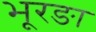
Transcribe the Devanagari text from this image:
भूरङा